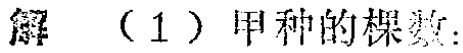
解 （1）甲种的棵数：